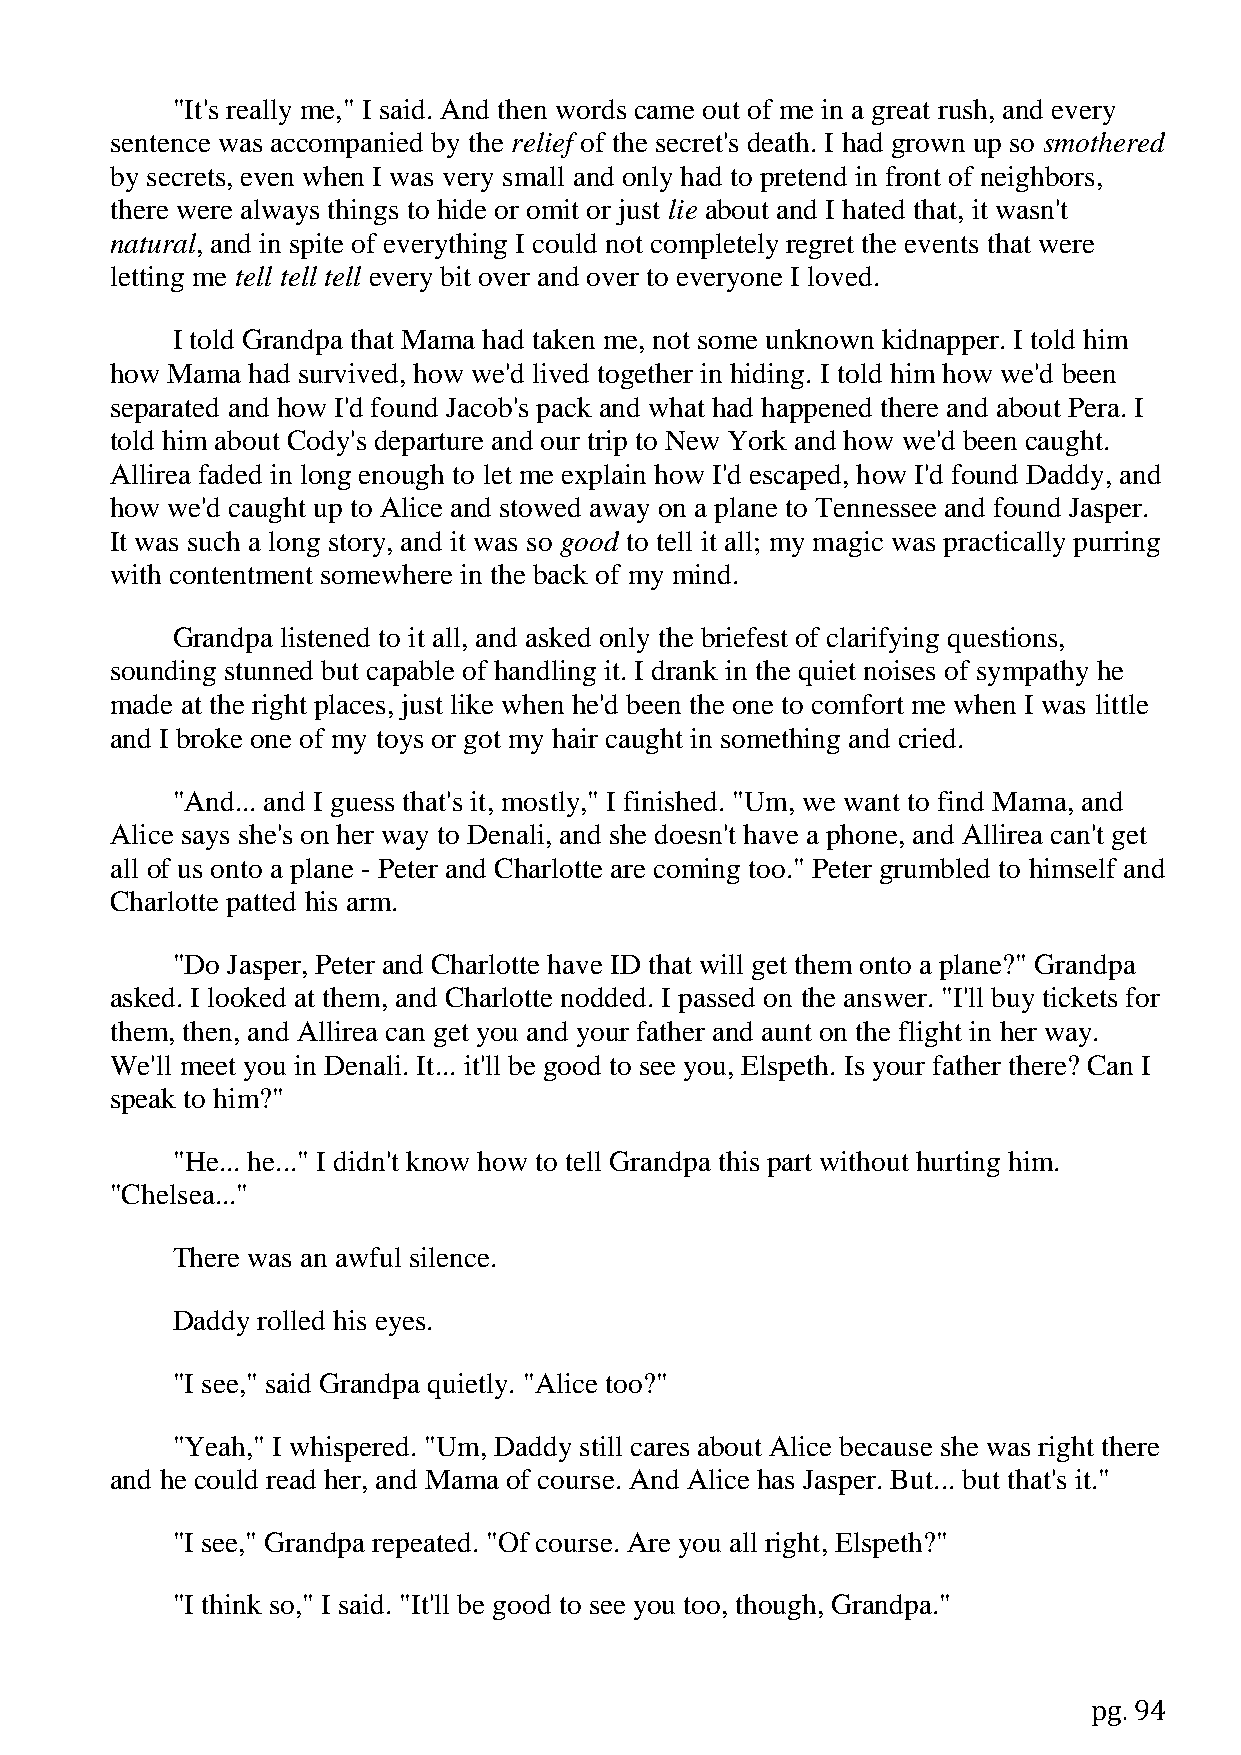
"It's really me," I said. And then words came out of me in a great rush, and every
 sentence was accompanied by the relief of the secret's death. I had grown up so smothered
 by secrets, even when I was very small and only had to pretend in front of neighbors,
 there were always things to hide or omit or just lie about and I hated that, it wasn't
 natural, and in spite of everything I could not completely regret the events that were
 letting me tell tell tell every bit over and over to everyone I loved.
 I told Grandpa that Mama had taken me, not some unknown kidnapper. I told him
 how Mama  had survived, how we'd lived together in hiding. I told him how we'd been
 separated and how I'd found Jacob's pack and what had happened there and about Pera. I
 told him about Cody's departure and our trip to New York and how we'd been caught.
 Allirea faded in long enough to let me explain how I'd escaped, how I'd found Daddy, and
 how we'd caught up to Alice and stowed away on a plane to Tennessee and found Jasper.
 It was such a long story, and it was so good to tell it all; my magic was practically purring
 with contentment somewhere in the back of my mind.
 Grandpa listened to it all, and asked only the briefest of clarifying questions,
 sounding stunned but capable of handling it. I drank in the quiet noises of sympathy he
 made at the right places, just like when he'd been the one to comfort me when I was little
 and I broke one of my toys or got my hair caught in something and cried.
 "And... and I guess that's it, mostly," I finished. "Um, we want to find Mama, and
 Alice says she's on her way to Denali, and she doesn't have a phone, and Allirea can't get
 all of us onto a plane - Peter and Charlotte are coming too." Peter grumbled to himself and
 Charlotte patted his arm.
 "Do Jasper, Peter and Charlotte have ID that will get them onto a plane?" Grandpa
 asked. I looked at them, and Charlotte nodded. I passed on the answer. "I'll buy tickets for
 them, then, and Allirea can get you and your father and aunt on the flight in her way.
 We'll meet you in Denali. It... it'll be good to see you, Elspeth. Is your father there? Can I
 speak to him?"
 "He... he..." I didn't know how to tell Grandpa this part without hurting him.
 "Chelsea..."
 There was an awful silence.
 Daddy rolled his eyes.
 "I see," said Grandpa quietly. "Alice too?"
 "Yeah," I whispered. "Um, Daddy still cares about Alice because she was right there
 and he could read her, and Mama of course. And Alice has Jasper. But... but that's it."
 "I see," Grandpa repeated. "Of course. Are you all right, Elspeth?"
 "I think so," I said. "It'll be good to see you too, though, Grandpa."
 pg. 94